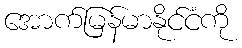
အောက်မြန်မာနိုင်ငံကို